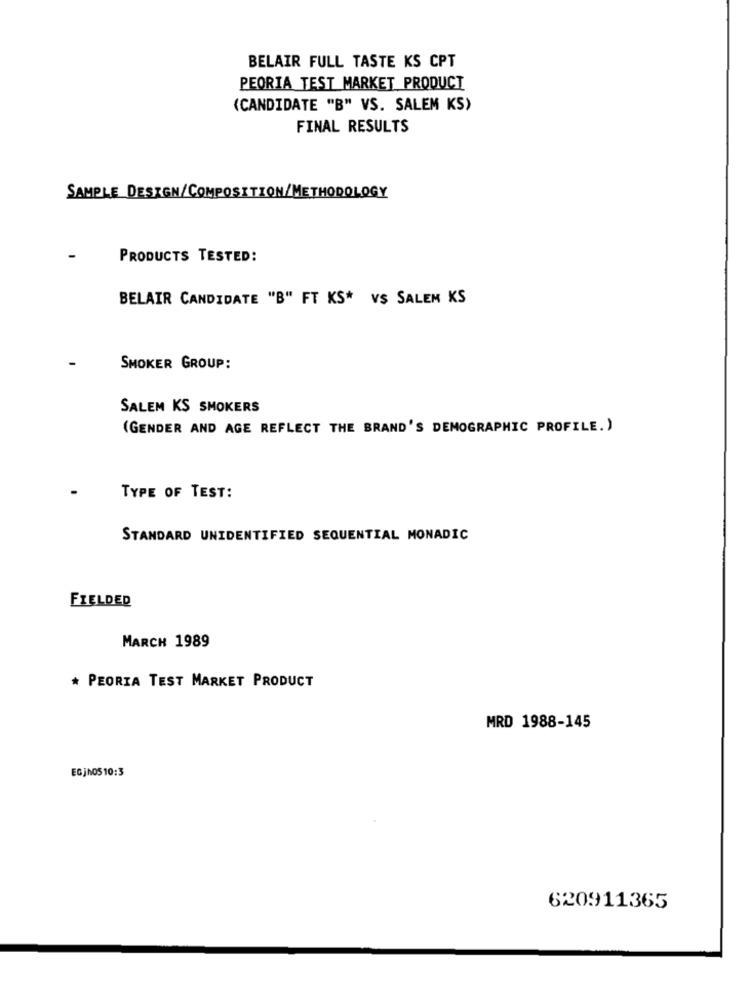
BELAIR FULL TASTE KS CPT
PEORIA TEST MARKET PRODUCT
(CANDIDATE "B" VS. SALEM KS)
FINAL RESULTS
SAMPLE DESIGN/COMPOSITION/METHODOLOGY
PRODUCTS TESTED:
BELAIR CANDIDATE "B" FT KS* VS SALEM KS
SMOKER GROUP:
SALEM KS SMOKERS
(GENDER AND AGE REFLECT THE BRAND'S DEMOGRAPHIC PROFILE.)
TYPE OF TEST:
STANDARD UNIDENTIFIED SEQUENTIAL MONADIC
FIELDED
MARCH 1989
* PEORIA TEST MARKET PRODUCT
MRD 1988-145
EGJn0510:3
620911365